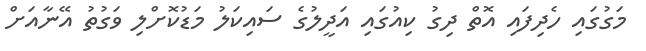
މަގުގައި ހެދިފައި އޮތް ދިގު ކިއުގައި އަދީލުގެ ސައިކަލު މަޑުކޮށްލި ވަގުތު އޭނާއަށް